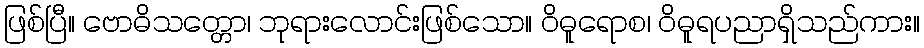
ဖြစ်ပြီ။ ဗောဓိသတ္တော၊ ဘုရားလောင်းဖြစ်သော။ ဝိဓူရောစ၊ ဝိဓူရပညာရှိသည်ကား။